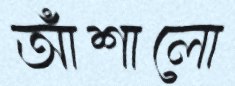
আঁশালো